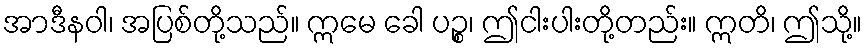
အာဒီနဝါ၊ အပြစ်တို့သည်။ ဣမေ ခေါ ပဉ္စ၊ ဤငါးပါးတို့တည်း။ ဣတိ၊ ဤသို့။